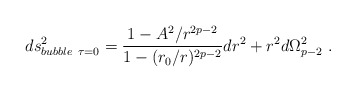
\begin{align*}ds^2_{bubble \ \tau=0} = \frac{1-A^2/r^{2p-2}}{1-(r_0/r)^{2p-2}}dr^2 + r^2 d\Omega_{p-2}^2 \ .\end{align*}